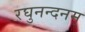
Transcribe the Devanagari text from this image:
रघुनन्दनम्‌